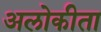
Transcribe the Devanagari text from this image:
अलोकीता